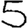
Digit: 5